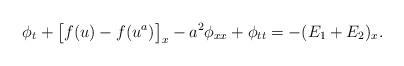
LaTeX: \begin{align*}\phi_t + \big[f(u) - f(u^a)\big]_x - a^2 \phi_{xx} + \phi_{tt} = -(E_1 + E_2)_x.\end{align*}